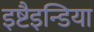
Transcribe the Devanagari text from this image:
इष्टैइन्डिया